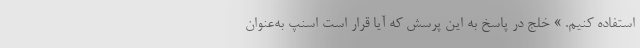
استفاده کنیم. » خلج در پاسخ به این پرسش که آیا قرار است اسنپ به‌عنوان